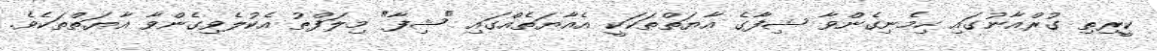
ކީރިތި ގުރްއާނުގައި ހިމެނިގެންވާ ޝިފާގެ އާޔަތްތަކަކީ އެއާޔަތެއްގައި "ޝިފާ" މިލަފްޡު އެކުލެވިގެންވާ އާޔަތްތަކެވެ.